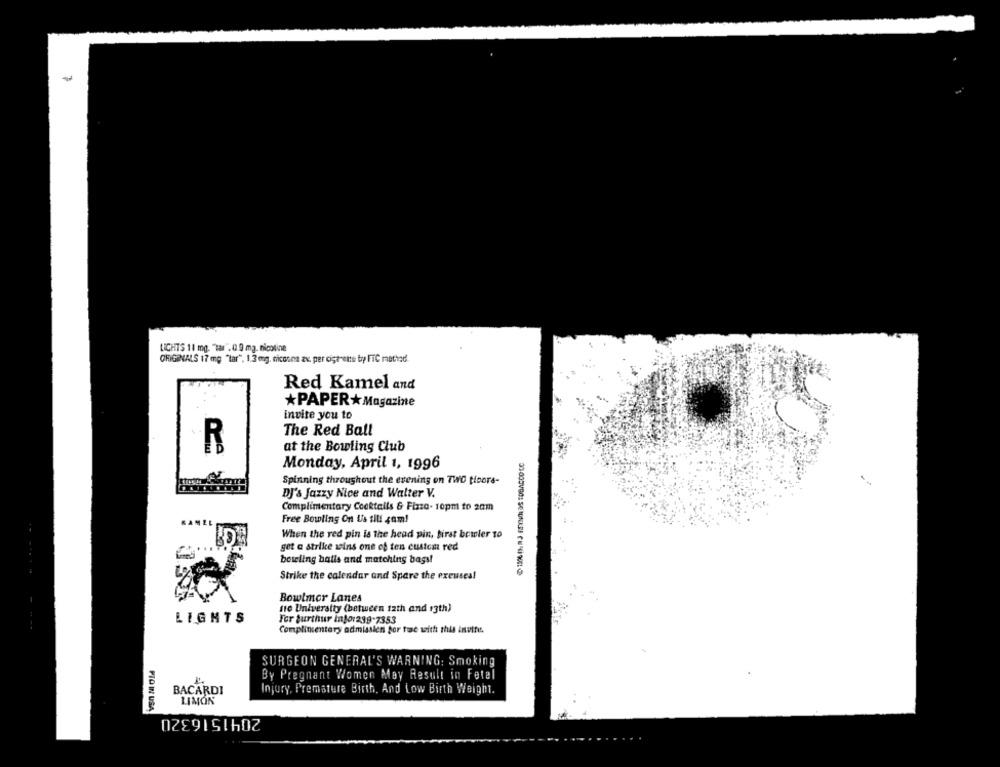
LIGHTS 11 mg. "tar". 0.9 ma. nicotine
ORIGINALS 17 mg "lar", 1.3 mg. nicosna av. per cigarette bry FIC method
Red Kamel and
*PAPER *Magazine
invite you to
The Red Ball
R
at the Bowling Club
Monday, April 1, 1996
Spinning throughout the evening on TWO ticors-
DJ's Jazzy Nice and Walter V.
Complimentary Cocktails & Pizza- 10pm to 2010
Free Bowling On Us till sam!
When the red pin is the head pin, first bowler to
get a strike wins one of ten custom red
bowling halls and matching bags!
Strike the calendar and Spare the excuses!
Bowlmor Lanes
the University (between 12th and 13th)
LIGHTS
For turthur in101239-7353
Complimentary admission for tre with this invite.
SURGEON GENERAL'S WARNING: Smoking
By Pregnant Women May Result in Fetel
BACARDI
Injury, Premature Birth, And Low Birth Weight.
LIMÓN
PTO IN USA
2041516320